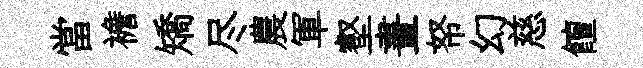
當襜矯尽農軍壑晝帑幻慈饘